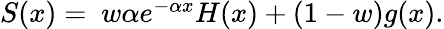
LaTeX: \begin{array}{r}{S(x)=\ w\alpha e^{-\alpha x}H(x)+(1-w)g(x).}\end{array}